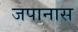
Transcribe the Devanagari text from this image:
जपानास